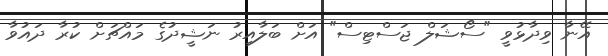
އޭނާ ވިދާޅުވީ "ސޯޝަލް ޖަސްޓިސް" އަށް ބަލާއިރު ނަޝީދުގެ މައްޗަށް ކުރާ ދައުވާ